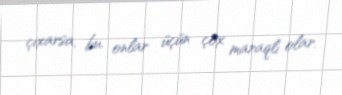
çıxarsa, bu, onlar üçün çox maraqlı olar.